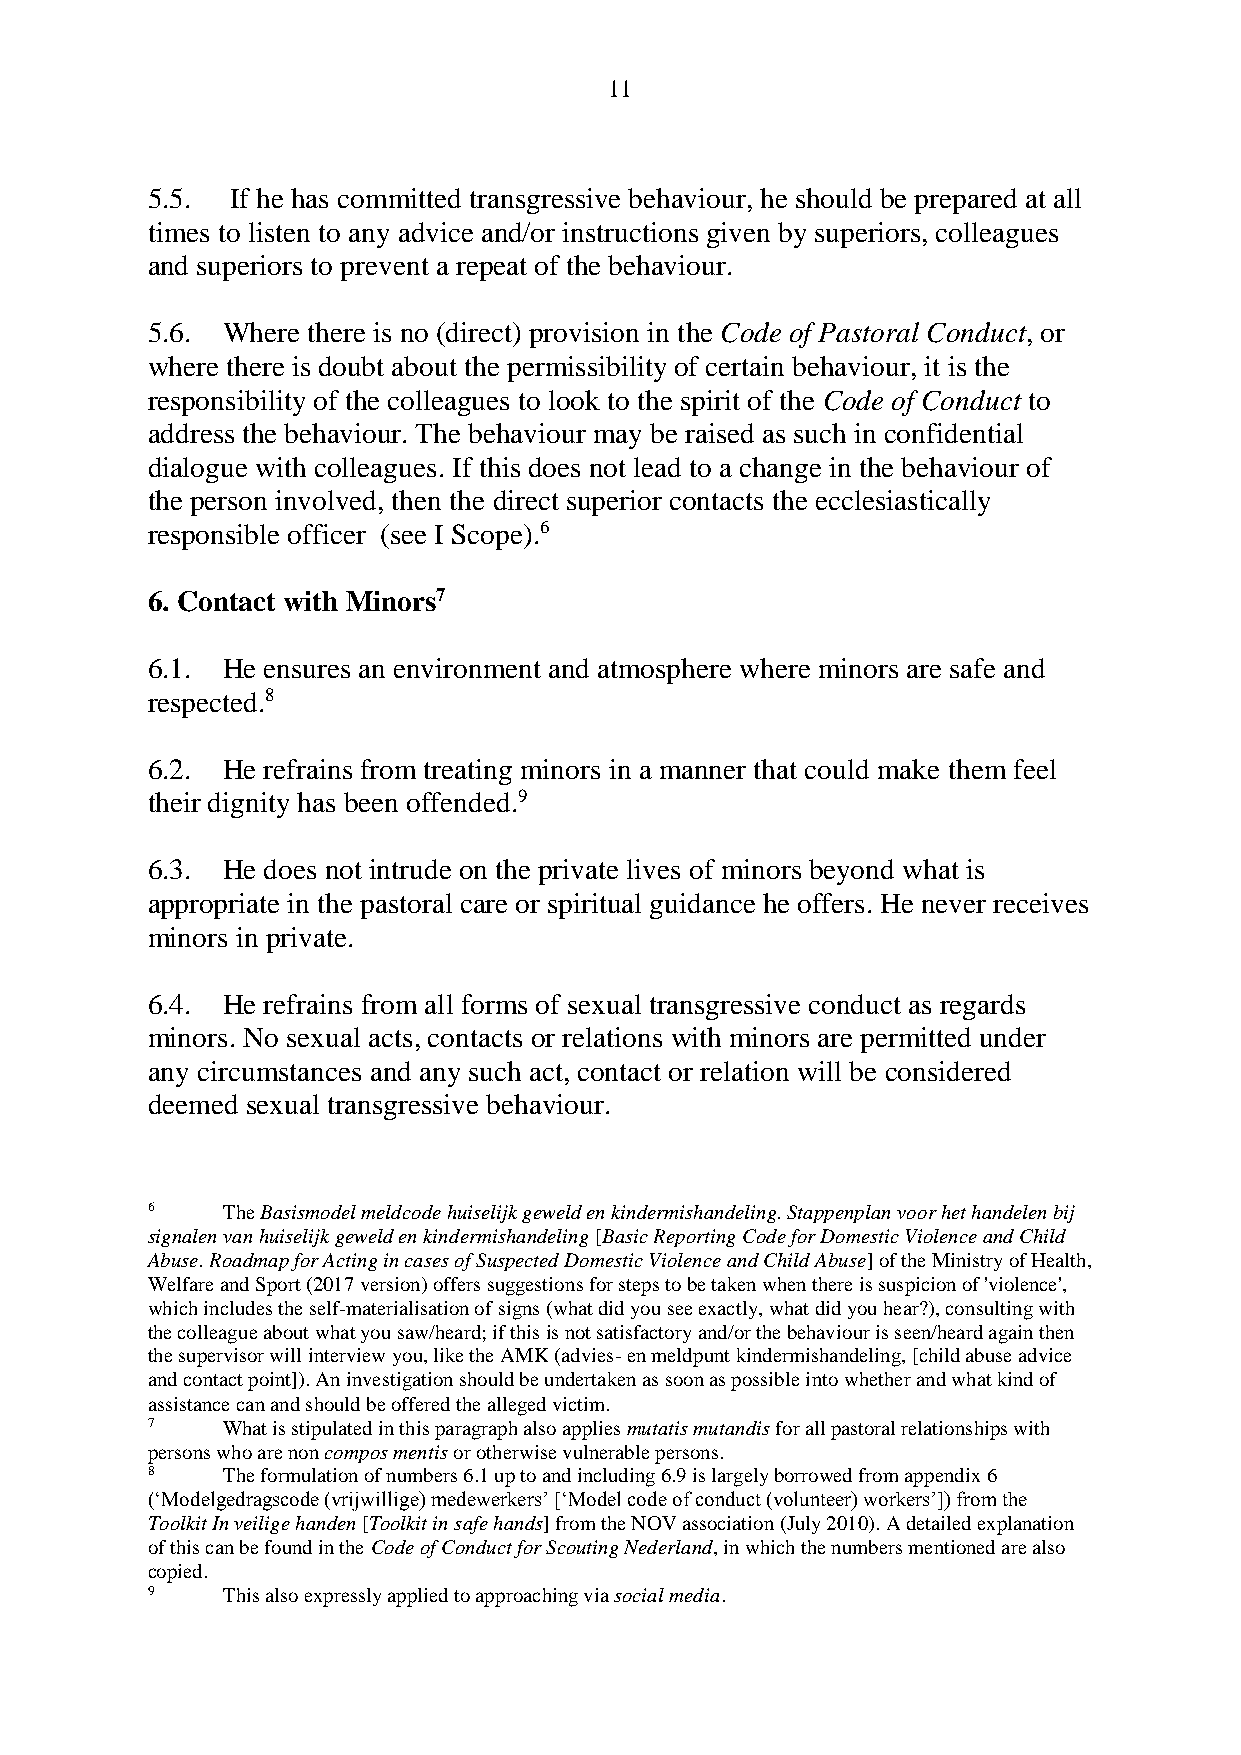
11
 5.5. If he has committed transgressive behaviour, he should be prepared at all
 times to listen to any advice and/or instructions given by superiors, colleagues
 and superiors to prevent a repeat of the behaviour.
 5.6. Where there is no (direct) provision in the Code of Pastoral Conduct, or
 where there is doubt about the permissibility of certain behaviour, it is the
 responsibility of the colleagues to look to the spirit of the Code of Conduct to
 address the behaviour. The behaviour may be raised as such in confidential
 dialogue with colleagues. If this does not lead to a change in the behaviour of
 the person involved, then the direct superior contacts the ecclesiastically
 responsible officer (see I Scope).6
 6. Contact with Minors7
 6.1. He ensures an environment and atmosphere where minors are safe and
 respected.8
 6.2. He refrains from treating minors in a manner that could make them feel
 their dignity has been offended.9
 6.3. He does not intrude on the private lives of minors beyond what is
 appropriate in the pastoral care or spiritual guidance he offers. He never receives
 minors in private.
 6.4. He refrains from all forms of sexual transgressive conduct as regards
 minors. No sexual acts, contacts or relations with minors are permitted under
 any circumstances and any such act, contact or relation will be considered
 deemed sexual transgressive behaviour.
 6    The Basismodel meldcode huiselijk geweld en kindermishandeling. Stappenplan voor het handelen bij
 signalen van huiselijk geweld en kindermishandeling [Basic Reporting Code for Domestic Violence and Child
 Abuse. Roadmap for Acting in cases of Suspected Domestic Violence and Child Abuse] of the Ministry of Health,
 Welfare and Sport (2017 version) offers suggestions for steps to be taken when there is suspicion of 'violence',
 which includes the self-materialisation of signs (what did you see exactly, what did you hear?), consulting with
 the colleague about what you saw/heard; if this is not satisfactory and/or the behaviour is seen/heard again then
 the supervisor will interview you, like the AMK (advies- en meldpunt kindermishandeling, [child abuse advice
 and contact point]). An investigation should be undertaken as soon as possible into whether and what kind of
 assistance can and should be offered the alleged victim.
 7    What is stipulated in this paragraph also applies mutatis mutandis for all pastoral relationships with
 persons who are non compos mentis or otherwise vulnerable persons.
 8    The formulation of numbers 6.1 up to and including 6.9 is largely borrowed from appendix 6
 (‘Modelgedragscode (vrijwillige) medewerkers’ [‘Model code of conduct (volunteer) workers’]) from the
 Toolkit In veilige handen [Toolkit in safe hands] from the NOV association (July 2010). A detailed explanation
 of this can be found in the Code of Conduct for Scouting Nederland, in which the numbers mentioned are also
 copied.
 9    This also expressly applied to approaching via social media.